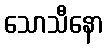
သောသီနော